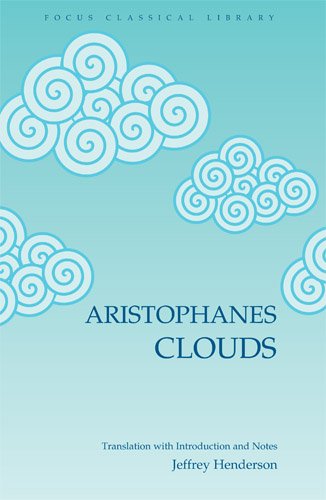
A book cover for Aristophanes' Clouds; Aristophanes; Literature & Fiction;